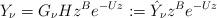
LaTeX: \begin{align*} Y_{\nu}=G_{\nu}Hz^{B}e^{-Uz}:=\hat{Y}_{\nu}z^{B}e^{-Uz}\end{align*}